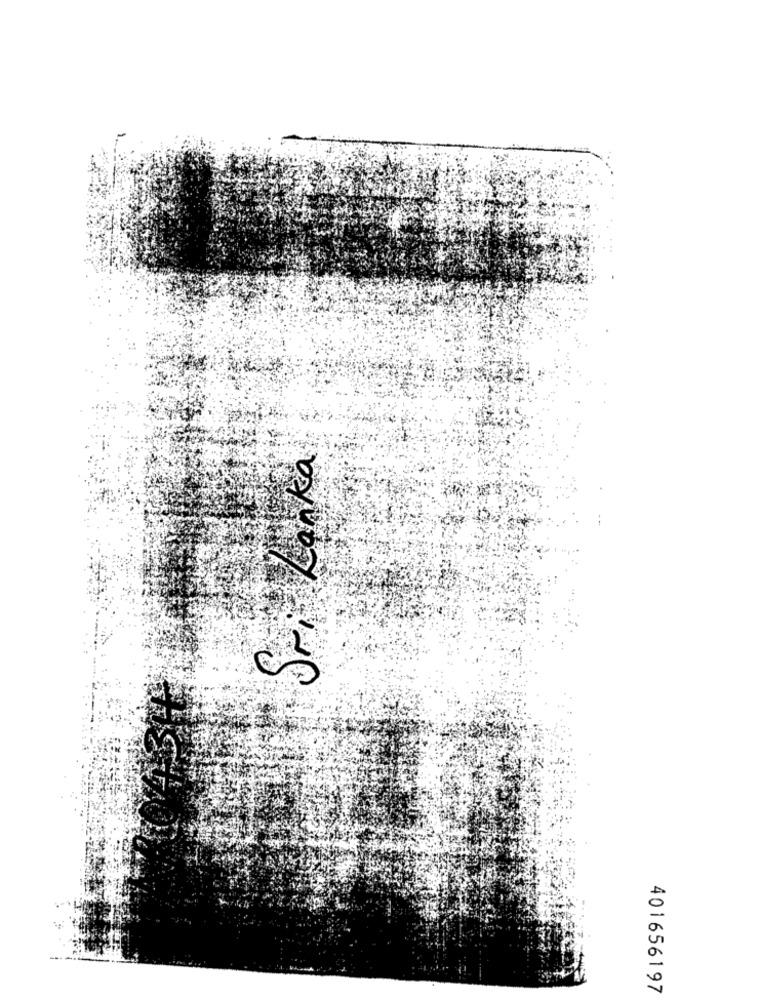
Sri Lanka
ri
401656197